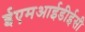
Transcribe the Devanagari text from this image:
ईएमआईडीईसी